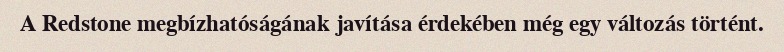
A Redstone megbízhatóságának javítása érdekében még egy változás történt.